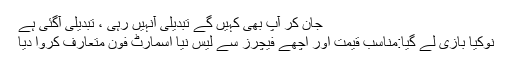
جان کر آپ بھی کہیں گے تبدیلی آنہیں رہی ، تبدیلی آگئی ہے
نوکیا بازی لے گیا:مناسب قیمت اور اچھے فیچرز سے لیس نیا اسمارٹ فون متعارف کروا دیا